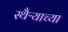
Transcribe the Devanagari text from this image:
स्थैऱ्याच्या